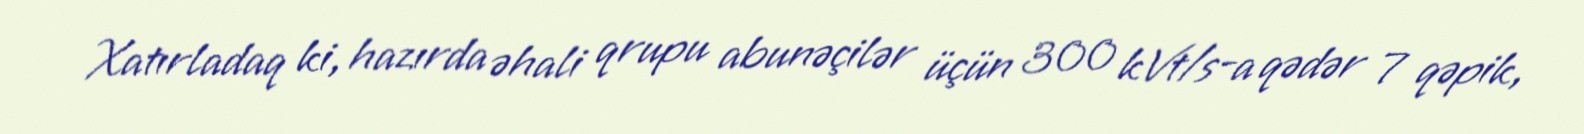
Xatırladaq ki, hazırda əhali qrupu abunəçilər üçün 300 kVt/s-a qədər 7 qəpik,